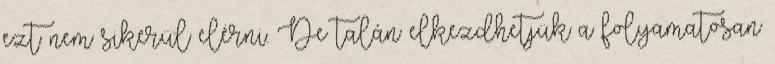
ezt nem sikerül elérni. De talán elkezdhetjük a folyamatosan